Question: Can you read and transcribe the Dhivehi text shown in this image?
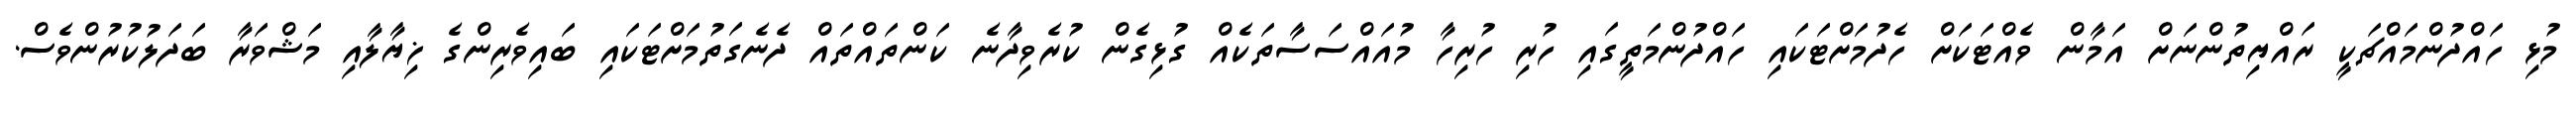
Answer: މުޅި ހައްދުންމައްޗަކީ ރައްޔިތުންނަށް އަމާން ވެއްޓަކަށް ހެދުމަށްޓަކައި ހައްދުންމަތީގައި ހުރި ހުރިހާ މުއައްސަސާތަކެއް ގުޅިގެން ކުރެވިދާނެ ކަންތައްތައް ދެނެގަތުމަށްޓަކައި ބައިވެރިންގެ ޚިޔާލާއި މަޝްވަރާ ބަދަލުކުރުންވެސް.